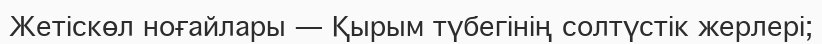
Жетіскөл ноғайлары — Қырым түбегінің солтүстік жерлері;